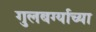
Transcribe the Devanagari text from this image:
गुलबर्ग्याच्या